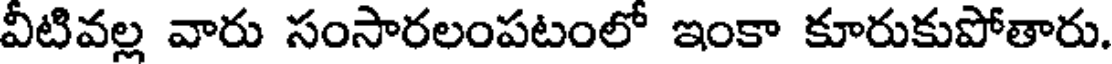
వీటివల్ల వారు సంసారలంపటంలో ఇంకా కూరుకుపోతారు.